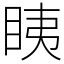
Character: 眱